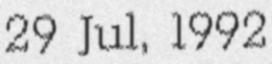
29 Jul, 1992